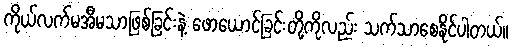
ကိုယ်လက်မအီမသာဖြစ်ခြင်းနဲ့ ဖောယောင်ခြင်းတို့ကိုလည်း သက်သာစေနိုင်ပါတယ်။